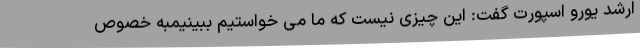
ارشد یورو اسپورت گفت: این چیزی نیست که ما می خواستیم ببینیمبه خصوص